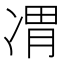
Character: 𪞦